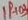
Text: IP+03